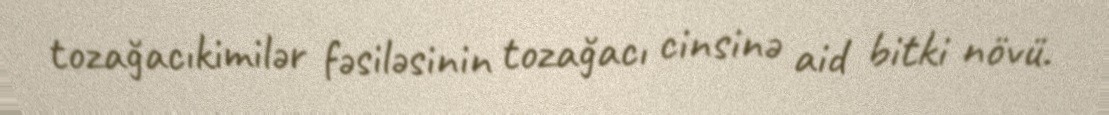
tozağacıkimilər fəsiləsinin tozağacı cinsinə aid bitki növü.